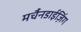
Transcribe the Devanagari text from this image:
मर्चैनडाईज़िंग